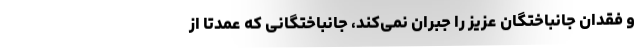
و فقدان جانباختگان عزیز را جبران نمی‌کند، جانباختگانی که عمدتاً از